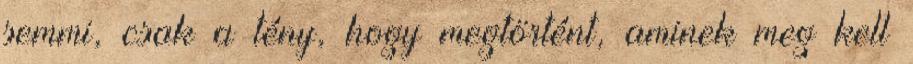
semmi, csak a tény, hogy megtörtént, aminek meg kell